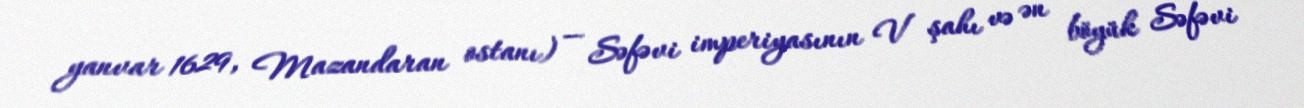
yanvar 1629, Mazandaran ostanı) — Səfəvi imperiyasının V şahı və ən böyük Səfəvi